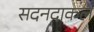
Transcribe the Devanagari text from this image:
सदनदाकल